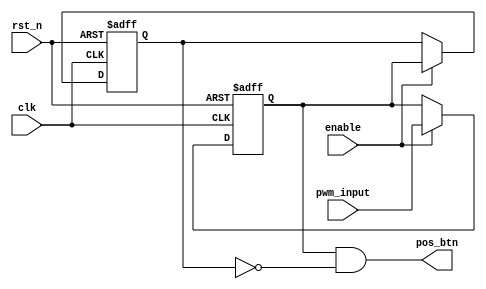
`timescale 1ns/1ps
/***************************************************************************
Name:
Date: 7/11/2016
Founction: pwm rising edge capture
Note:
****************************************************************************/
module pos_capture(
pwm_input,clk,rst_n,enable,pos_btn
);

input pwm_input;
input clk;
input rst_n;
input enable;
output pos_btn;

reg btn1;
reg btn2;


/*******************************************************************************
*capture pwm_input rising edge
*********************************************************************************/
always @(posedge clk or negedge rst_n) begin 
  if(!rst_n) begin
    btn1 <= 1'b1;
    btn2 <= 1'b1;
   end
  else if(enable) begin
	 btn1 <=pwm_input;
	 btn2 <= btn1;    
	end
end

assign pos_btn = btn1& ~btn2;

endmodule